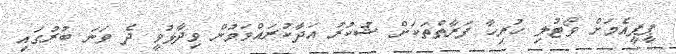
ޕީޕީއެމަށް ވޯޓުލި ހުރިހާ ފަރާތްތަކަށް ޝުކުރު އަދާކުރައްވަމުން ވިދާޅުވީ ދެ ވަނަ ބުރުގައި